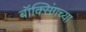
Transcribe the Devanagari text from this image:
बॉक्सिंगच्या